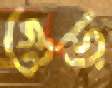
গুড়